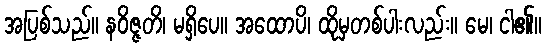
အပြစ်သည်။ နဝိဇ္ဇတိ၊ မရှိပေ။ အထောပိ၊ ထိုမှတစ်ပါးလည်း။ မေ၊ ငါ၏။